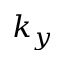
k _ { y }